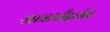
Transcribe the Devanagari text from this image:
सप्तऋषीदर्शन